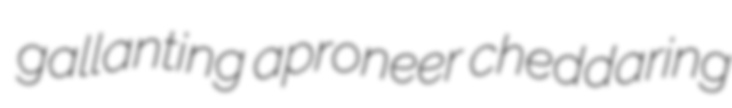
gallanting aproneer cheddaring